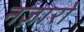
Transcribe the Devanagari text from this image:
नज़ारो